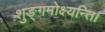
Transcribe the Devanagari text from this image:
शुङ्गमोक्ष्यन्ति।